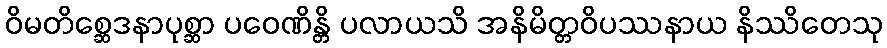
ဝိမတိစ္ဆေဒနာပုစ္ဆာ ပဝေဏိန္တိ ပလာယသိ အနိမိတ္တဝိပဿနာယ နိဿိတေသု